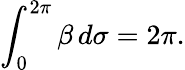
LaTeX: \int_{0}^{2\pi}\beta\, d\sigma=2\pi.